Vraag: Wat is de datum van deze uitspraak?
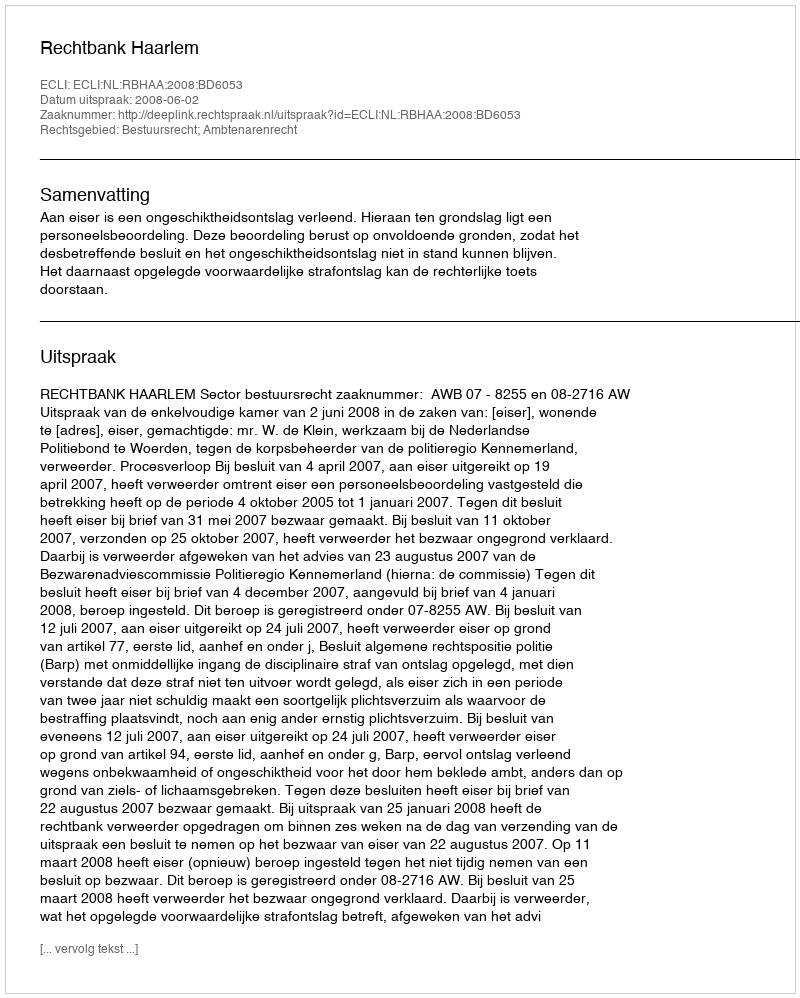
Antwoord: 2008-06-02